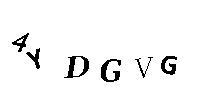
4YDGVG